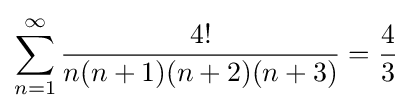
\sum _{n=1}^{\infty }{\frac {4!}{n(n+1)(n+2)(n+3)}}={\frac {4}{3}}